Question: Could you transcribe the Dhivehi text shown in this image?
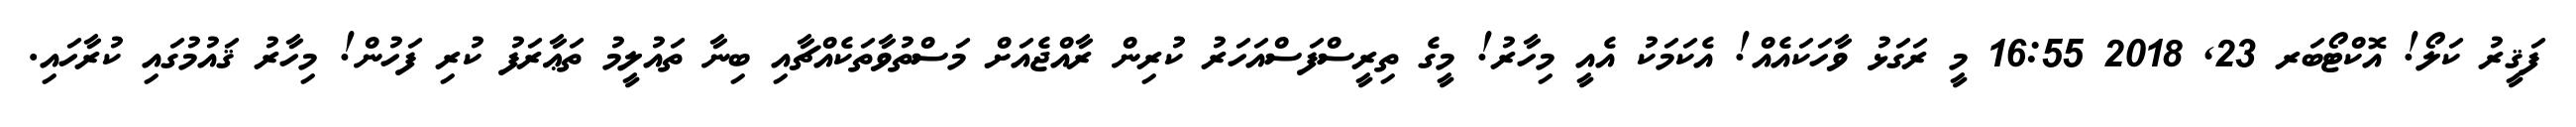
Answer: ފަޤީރު ކަލޯ! އޮކްޓޯބަރ 23, 2018 16:55 މީ ރަގަޅު ވާހަކައެއް! އެކަމަކު އެއީ މިހާރު! މީގެ ތިރީސްފަސްއަހަރު ކުރިން ރާއްޖެއަށް މަސްތުވާތަކެއްޗާއި ބިނާ ތައުލީމު ތަޢާރަފު ކުރި ފަހުން! މިހާރު ޤައުމުގައި ކުރާހައި.